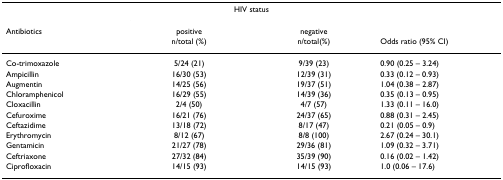
|  | <COLSPAN=2> HIV status |  |
 | Antibiotics | positive | negative |  |
 |  | n/total (%) | n/total(%) | Odds ratio (95% CI) |
 | --- | --- | --- | --- |
 | Co-trimoxazole | 5/24 (21) | 9/39 (23) | 0.90 (0.25 – 3.24) |
 | Ampicillin | 16/30 (53) | 12/39 (31) | 0.33 (0.12 – 0.93) |
 | Augmentin | 14/25 (56) | 19/37 (51) | 1.04 (0.38 – 2.87) |
 | Chloramphenicol | 16/29 (55) | 14/39 (36) | 0.35 (0.13 – 0.95) |
 | Cloxacillin | 2/4 (50) | 4/7 (57) | 1.33 (0.11 – 16.0) |
 | Cefuroxime | 16/21 (76) | 24/37 (65) | 0.88 (0.31 – 2.45) |
 | Ceftazidime | 13/18 (72) | 8/17 (47) | 0.21 (0.05 – 0.9) |
 | Erythromycin | 8/12 (67) | 8/8 (100) | 2.67 (0.24 – 30.1) |
 | Gentamicin | 21/27 (78) | 29/36 (81) | 1.09 (0.32 – 3.71) |
 | Ceftriaxone | 27/32 (84) | 35/39 (90) | 0.16 (0.02 – 1.42) |
 | Ciprofloxacin | 14/15 (93) | 14/15 (93) | 1.0 (0.06 – 17.6) |